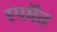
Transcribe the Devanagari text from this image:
स्पर्धॆत